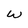
Character: w